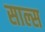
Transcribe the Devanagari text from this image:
साल्स